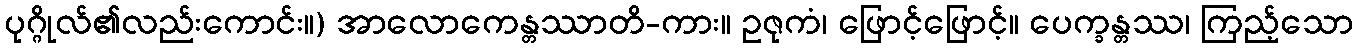
ပုဂ္ဂိုလ်၏လည်းကောင်း။) အာလောကေန္တဿာတိ-ကား။ ဥဇုကံ၊ ဖြောင့်ဖြောင့်။ ပေက္ခန္တဿ၊ ကြည့်သော